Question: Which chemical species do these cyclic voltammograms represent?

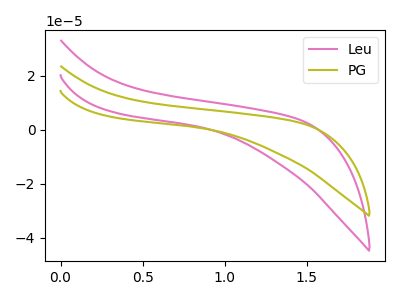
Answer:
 <answer>The pink curve is labeled "Leu". The olive curve is labeled "PG".</answer>
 <eval></eval>